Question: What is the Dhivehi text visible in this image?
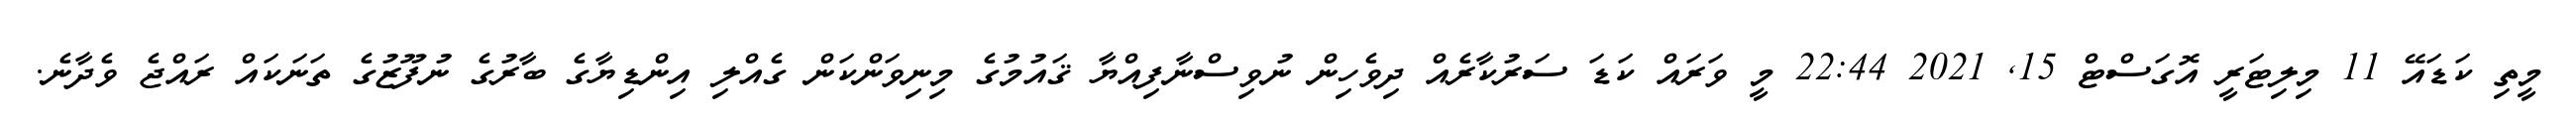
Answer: މީތި ކަޑައޭ 11 މިލިޓަރީ އޮގަސްޓް 15, 2021 22:44 މީ ވަރައް ކަޑަ ސަރުކާރެއް ދިވެހިން ނުވިސްނާފިއްޔާ ޤައުމުގެ މިނިވަންކަން ގެއްލި އިންޑިޔާގެ ބާރުގެ ނުފޫޒުގެ ތަނަކައް ރައްޖެ ވެދާނެ.